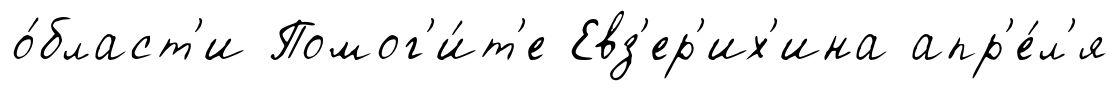
о́бласт'и Помог'и́т'е Евз'ер'их'ина апр'е́л'я